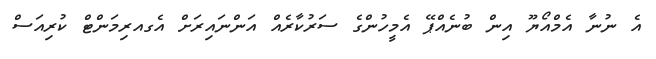
އެ ނުނާ އެމްއޯޔޫ އިން ބުނެއްޕޭ އެމީހުންގެ ސަރުކާރެއް އަންނައިރަށް އެގއރިމަންޓް ކުރިއަސް